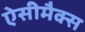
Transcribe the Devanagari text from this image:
ऐसीमैक्स